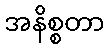
အနိစ္စတာ